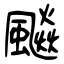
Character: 飈